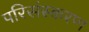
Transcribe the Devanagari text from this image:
परिसंस्करण